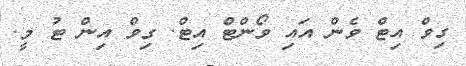
ގިވް އިޓް ވެން އައި ވޯންޓް އިޓް. ގިވް އިން ޓު މީ.